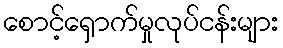
စောင့်ရှောက်မှုလုပ်ငန်းများ